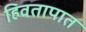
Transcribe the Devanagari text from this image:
हिवतापात